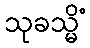
သုခသ္မိံ